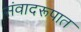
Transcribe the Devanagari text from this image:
संवादरूपात